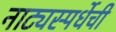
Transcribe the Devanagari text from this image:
नाट्यस्पर्धेची